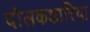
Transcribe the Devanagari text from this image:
दोलकक्षारिया